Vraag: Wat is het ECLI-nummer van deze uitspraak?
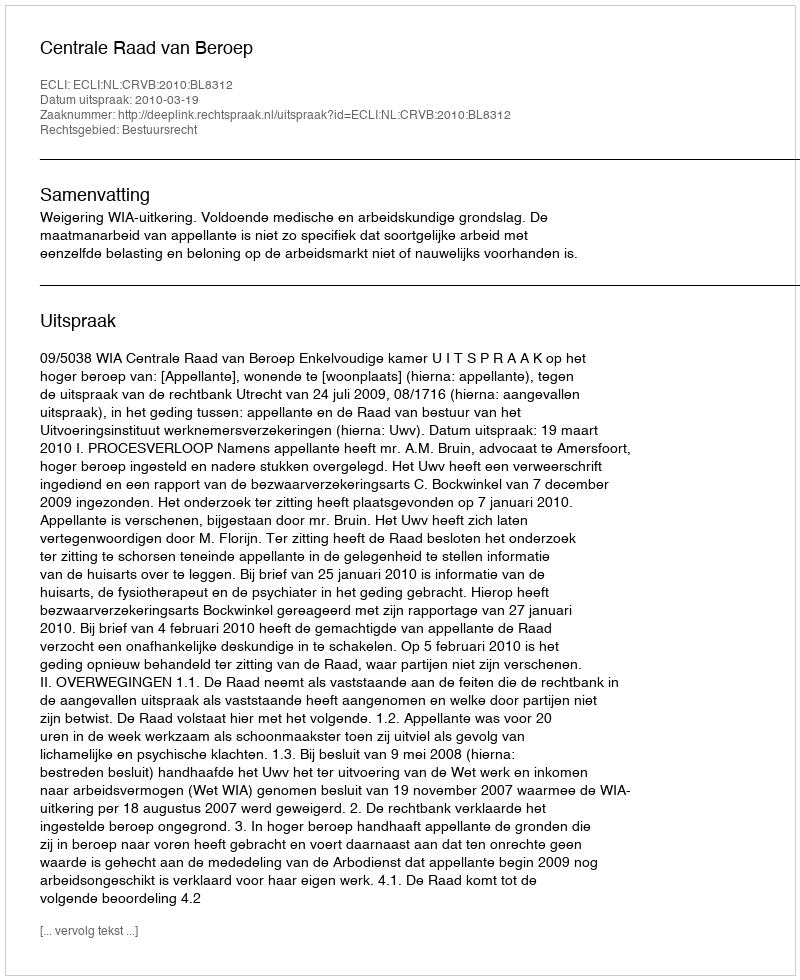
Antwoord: ECLI:NL:CRVB:2010:BL8312